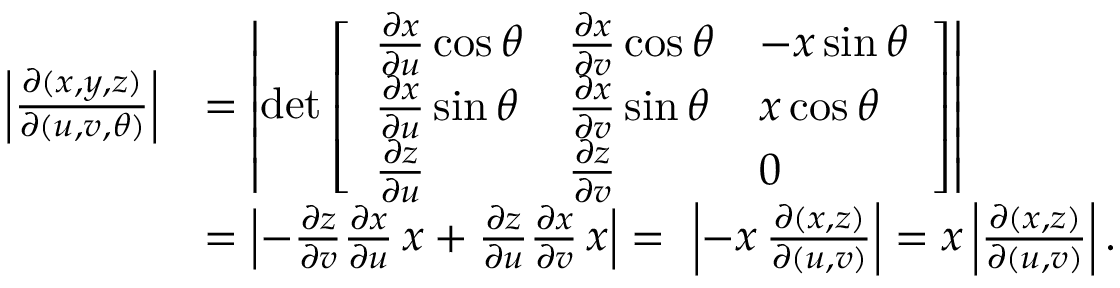
{ \begin{array} { r l } { \left| { \frac { \partial ( x , y , z ) } { \partial ( u , v , \theta ) } } \right| } & { = \left| \operatorname* { d e t } { \left[ \begin{array} { l l l } { { \frac { \partial x } { \partial u } } \cos \theta } & { { \frac { \partial x } { \partial v } } \cos \theta } & { - x \sin \theta } \\ { { \frac { \partial x } { \partial u } } \sin \theta } & { { \frac { \partial x } { \partial v } } \sin \theta } & { x \cos \theta } \\ { { \frac { \partial z } { \partial u } } } & { { \frac { \partial z } { \partial v } } } & { 0 } \end{array} \right] } \right| } \\ & { = \left| - { \frac { \partial z } { \partial v } } { \frac { \partial x } { \partial u } } \, x + { \frac { \partial z } { \partial u } } { \frac { \partial x } { \partial v } } \, x \right| = \ \left| - x \, { \frac { \partial ( x , z ) } { \partial ( u , v ) } } \right| = x \left| { \frac { \partial ( x , z ) } { \partial ( u , v ) } } \right| . } \end{array} }